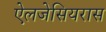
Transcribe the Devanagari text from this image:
ऐलजेसियरास